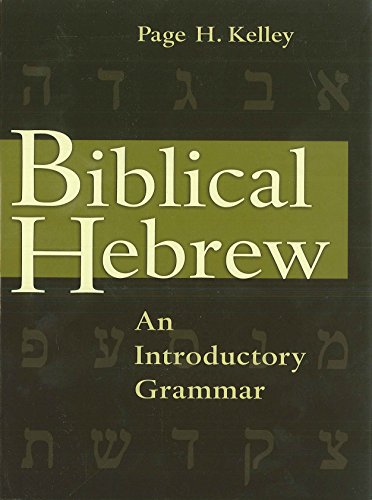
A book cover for Biblical Hebrew: An Introductory Grammar; Page H. Kelley; Christian Books & Bibles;